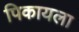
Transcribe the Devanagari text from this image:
पिकायला